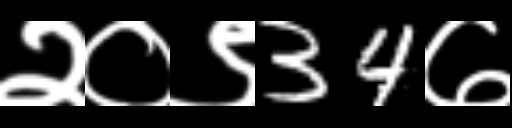
Text: २०९34७